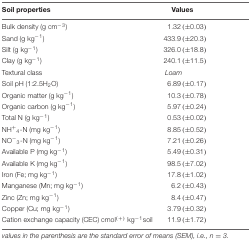
<table><thead><tr><td><b>Soil properties</b></td><td><b>Values</b></td></tr></thead><tbody><tr><td>Bulk density (g cm<sup>-3</sup>)</td><td>1.32 (±0.03)</td></tr><tr><td>Sand (g kg<sup>-1</sup>)</td><td>433.9 (±20.3)</td></tr><tr><td>Silt (g kg<sup>-1</sup>)</td><td>326.0 (±18.8)</td></tr><tr><td>Clay (g kg<sup>-1</sup>)</td><td>240.1 (±11.5)</td></tr><tr><td>Textural class</td><td>Loam</td></tr><tr><td>Soil pH (1:2.5H<sub>2</sub>O)</td><td>6.89 (±0.17)</td></tr><tr><td>Organic matter (g kg<sup>-1</sup>)</td><td>10.3 (±0.78)</td></tr><tr><td>Organic carbon (g kg<sup>-1</sup>)</td><td>5.97 (±0.24)</td></tr><tr><td>Total N (g kg<sup>-1</sup>)</td><td>0.53 (±0.02)</td></tr><tr><td>NH<sup>+</sup><sub>4</sub>-N (mg kg<sup>-1</sup>)</td><td>8.85 (±0.52)</td></tr><tr><td>NO<sup>-</sup><sub>3</sub>-N (mg kg<sup>-1</sup>)</td><td>7.21 (±0.26)</td></tr><tr><td>Available P (mg kg<sup>-1</sup>)</td><td>5.49 (±0.31)</td></tr><tr><td>Available K (mg kg<sup>-1</sup>)</td><td>98.5 (±7.02)</td></tr><tr><td>Iron (Fe; mg kg<sup>-1</sup>)</td><td>17.8 (±1.02)</td></tr><tr><td>Manganese (Mn; mg kg<sup>-1</sup>)</td><td>6.2 (±0.43)</td></tr><tr><td>Zinc (Zn; mg kg<sup>-1</sup>)</td><td>8.4 (±0.47)</td></tr><tr><td>Copper (Cu; mg kg<sup>-1</sup>)</td><td>3.79 (±0.32)</td></tr><tr><td>Cation exchange capacity (CEC) cmol<sup>(+)</sup> kg<sup>-1</sup>soil</td><td>11.9 (±1.72)</td></tr></tbody></table>